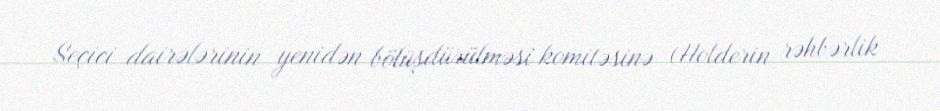
Seçici dairələrinin yenidən bölüşdürülməsi komitəsinə (Holderin rəhbərlik